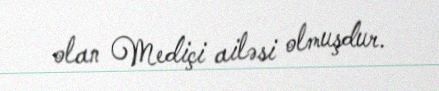
olan Mediçi ailəsi olmuşdur.